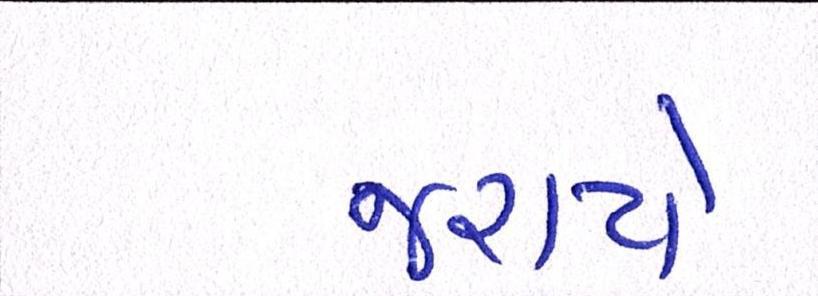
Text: જરાયે